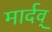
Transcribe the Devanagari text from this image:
मार्दव्